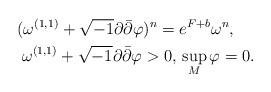
LaTeX: \begin{align*} (\omega^{(1,1)} + \sqrt{-1} \partial \bar \partial \varphi )^n = {} & e^{F+b} \omega^n, \\ \omega^{(1,1)} + \sqrt{-1} \partial \bar \partial \varphi > 0, {} &\sup_M \varphi=0.\end{align*}